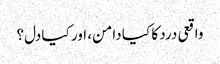
واقعی درد کا کیا دامن، اور کیا دل؟